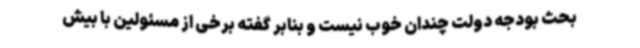
بحث بودجه دولت چندان خوب نیست و بنابر گفته برخی از مسئولین با بیش